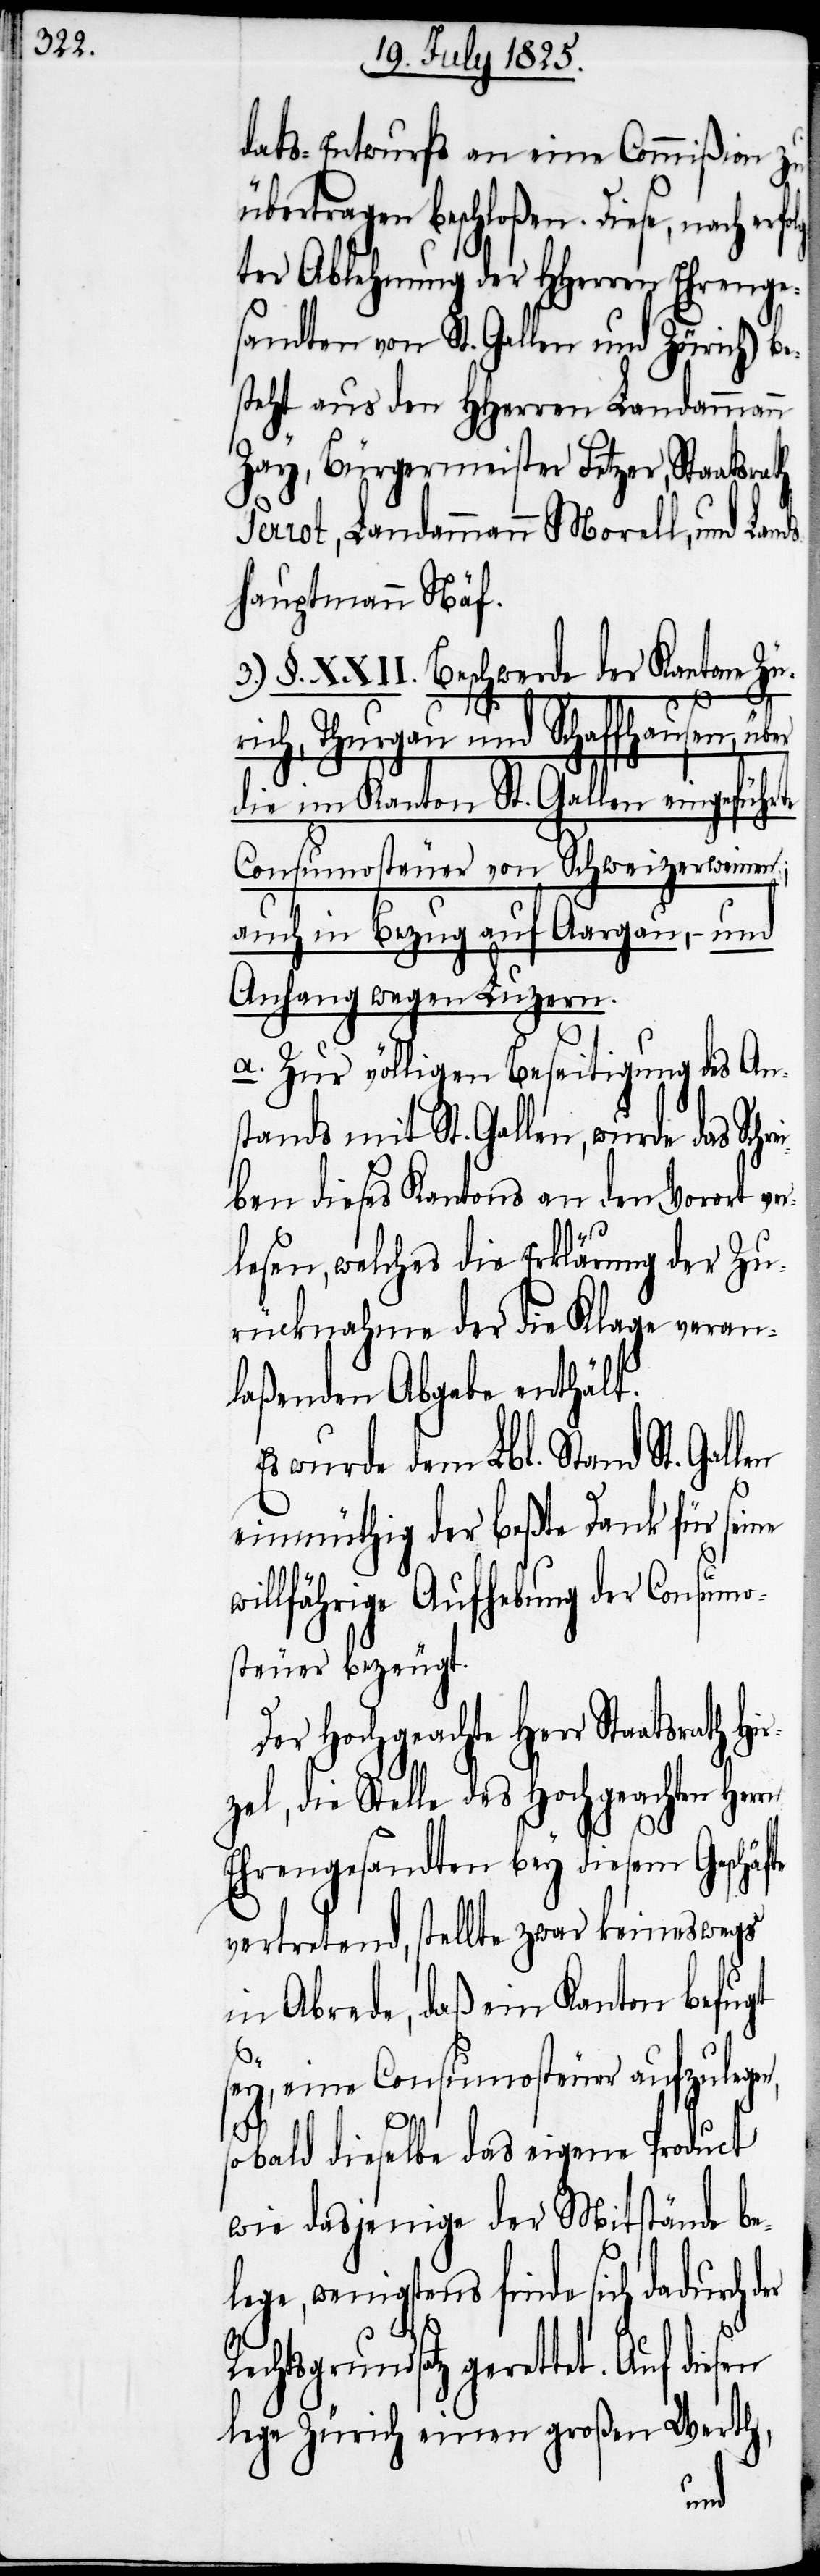
dats-Entwurfs an eine Commißion zu
übertragen beschloßen. Diese,
ter Ablehnung der HHerren Ehrenge¬
sandten von St. Gallen und Zürich, be¬
steht aus den HHerren Landammann
Zay, Landammann Morell, und Land¬
shauptmann Näf.
3.) §. XXII. Beschwerde der Kantone Zü¬
rich, Thurgau und Schaffhausen,
die im Kanton St. Gallen eingeführte
Consumsteuer von Schweizerweinen;
Aargau, – und
auch in Bezug auf
Anhang wegen Luzern.
a. Zur völligen Beseitigung des An¬
stands mit St. Gallen, wurde das Schre¬
iben dieses Kantons an den Vorort ver¬
lesen, welches die Erklärung der Zu¬
rücknahme der die Klage veran¬
laßenden Abgabe enthält.
Es wurde dem Lbl. Stand St. Gal¬
einmüthig der beßte Dank für seine
willfährige Aufhebung der Consum¬
steuer bezeugt.
Der Hochgeachte Herr Staatsrath
zel, die Stelle des Hochgeachten Her¬
Ehrengesandten bey diesem Geschä¬
vertretend, stellt zwar keineswegs
in Abrede, daß ein Kanton befugt
sey, eine Consumsteuer aufzulegen,
sobald dieselbe das eigene Product
wie dasjenige der Mitstände be¬
lege, wenigstens finde sich
Rechtsgrundsatz gerettet. Auf diesen
lege Zürich einen großen Werth,
der